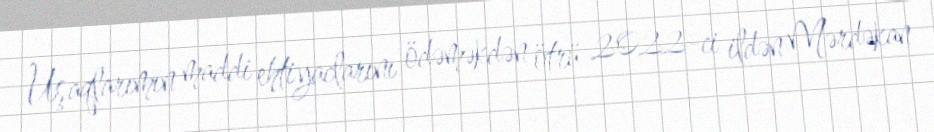
Uşaqlarımın maddi ehtiyaclarını ödəməkdən ötrü 2022-ci ildən Mərdəkan